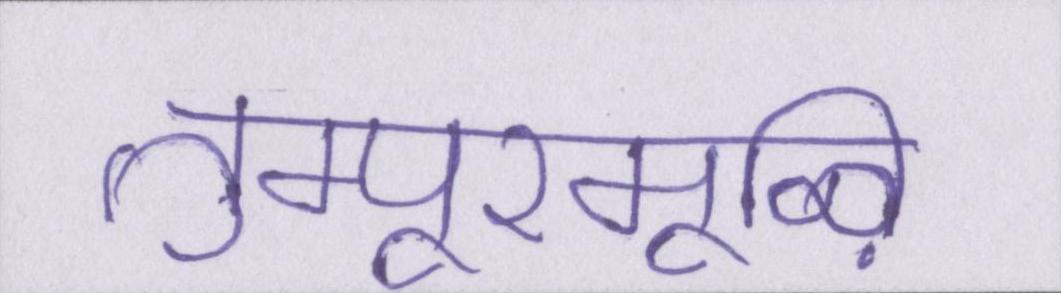
तुम्पूरमूऴि